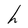
Character: h